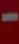
-